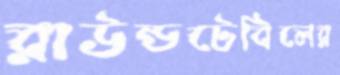
রাউন্ডটেবিলের